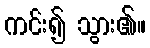
ကင်း၍ သွား၏။